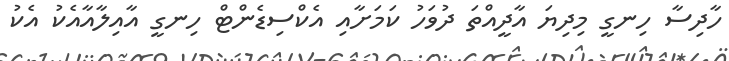
ހާދިސާ ހިނގީ މިދިޔަ އާދީއްތަ ދުވަހު ކަމަށާއި އެކްސިޑެންޓް ހިނގީ އާއިލާއާއެކު އެކު